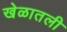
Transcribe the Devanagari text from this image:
खेळातली